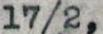
17/2,